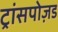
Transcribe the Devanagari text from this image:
ट्रांसपोज़ड